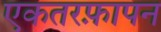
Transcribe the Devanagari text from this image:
एकतरफ़ापन